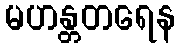
မဟန္တတရေန